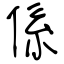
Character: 係